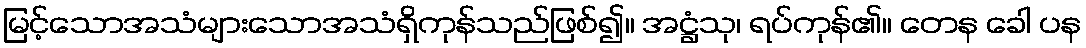
မြင့်သောအသံများသောအသံရှိကုန်သည်ဖြစ်၍။ အဋ္ဌံသု၊ ရပ်ကုန်၏။ တေန ခေါ ပန